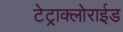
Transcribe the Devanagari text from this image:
टेट्राक्लोराईड